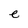
Character: e